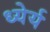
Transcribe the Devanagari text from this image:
ध्येर्य